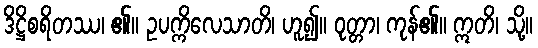
ဒိဋ္ဌိစရိတဿ၊ ၏။ ဥပက္ကိလေသာတိ၊ ဟူ၍။ ဝုတ္တာ၊ ကုန်၏။ ဣတိ၊ သို့။